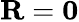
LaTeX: \mathbf{R}=\mathbf{0}